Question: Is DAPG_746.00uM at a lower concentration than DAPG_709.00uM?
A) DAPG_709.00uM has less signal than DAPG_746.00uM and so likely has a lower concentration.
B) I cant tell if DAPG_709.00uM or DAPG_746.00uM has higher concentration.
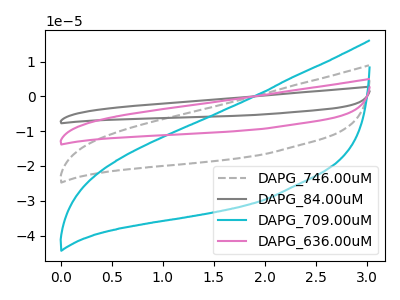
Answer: <think>The gray dashed curve "DAPG_746.00uM" has no peaks. The gray curve "DAPG_84.00uM" has no peaks. The cyan curve "DAPG_709.00uM" has no peaks. The pink curve "DAPG_636.00uM" has no peaks.
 Neither "DAPG_709.00uM" or "DAPG_746.00uM" have any peaks.</think>
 <answer>B) I cant tell if "DAPG_709.00uM" or "DAPG_746.00uM" has higher concentration.</answer>
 <eval>B</eval>